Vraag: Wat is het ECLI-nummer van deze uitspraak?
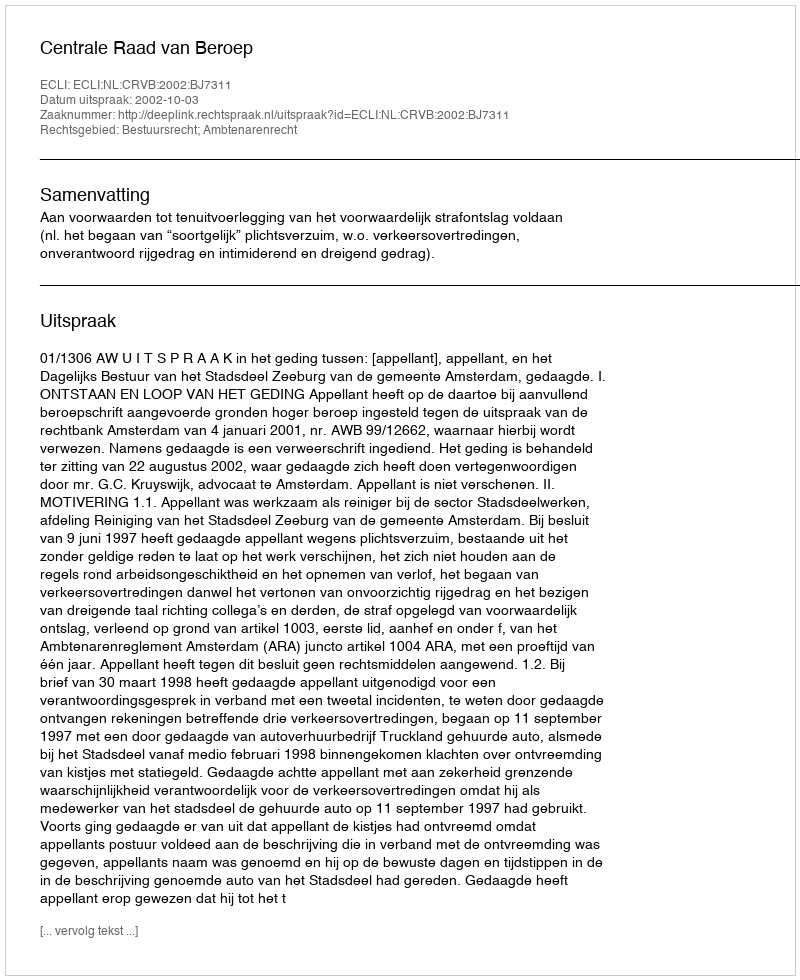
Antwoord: ECLI:NL:CRVB:2002:BJ7311